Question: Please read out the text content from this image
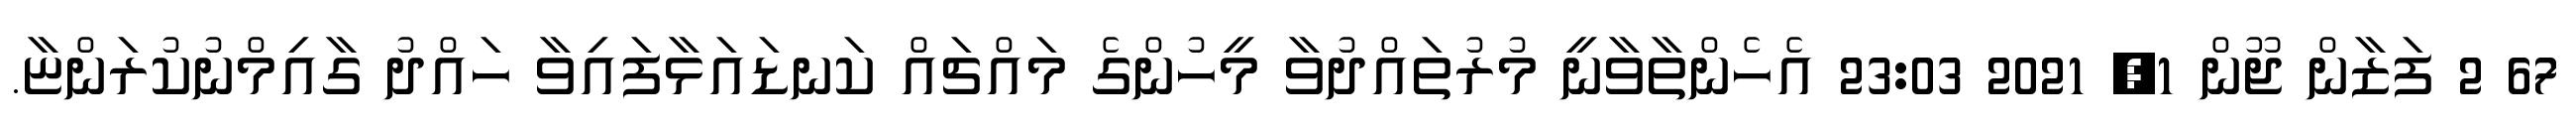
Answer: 67 2 ފަޒާން ޖޫން 1, 2021 23:03 އެހެންތާވާނީ މުރުތައްދުވާ މީހުންގެ މައްޗައް ކަނޑައަޅާފައިވާ ހައްދު ގާއިމްނުކުރަންޏާ.